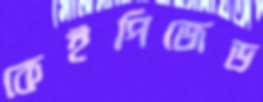
কেইপিজেড